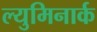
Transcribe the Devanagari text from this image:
ल्युमिनार्क